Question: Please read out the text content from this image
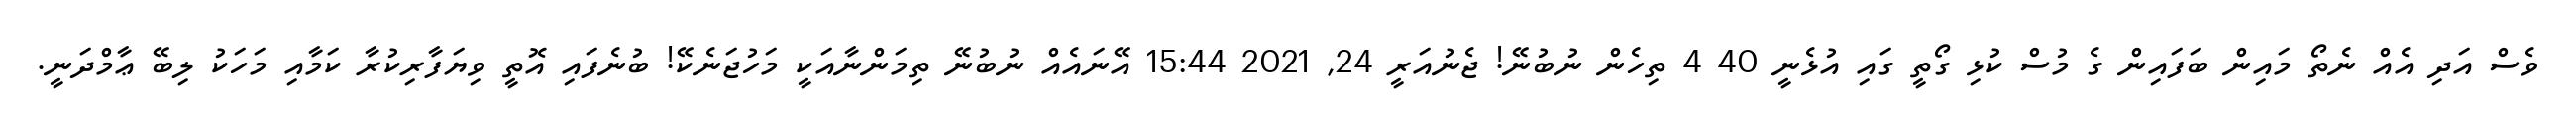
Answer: ވެސް އަދި އެއް ނެތޯ މައިން ބަފައިން ގެ މުސް ކުޅި ގޯތީ ގައި އުޅެނީ 40 4 ތިހެން ނުބުނޭ! ޖެނުއަރީ 24, 2021 15:44 އޭނައެއް ނުބުނޭ ތިމަންނާއަކީ މަހުޖަނެކޭ! ބުނެފައި އޮތީ ވިޔަފާރިކުރާ ކަމާއި މަހަކު ލިބޭ ޢާމްދަނީ.